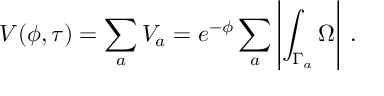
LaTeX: V ( \phi , \tau ) = \sum _ { a } V _ { a } = e ^ { - \phi } \sum _ { a } \left| \int _ { \Gamma _ { a } } \Omega \right| \, .